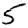
Digit: 5